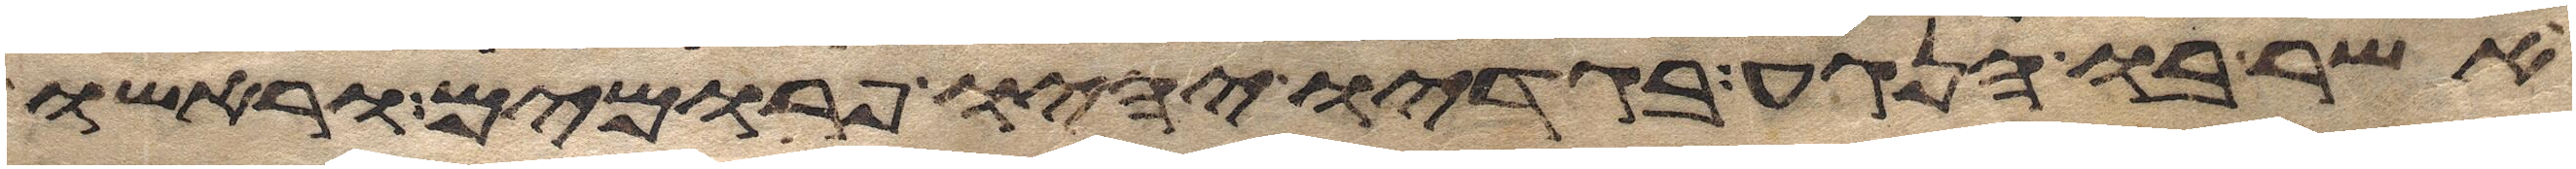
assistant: אשר בו הנגע בגדיו יהיו פרומים וראשו